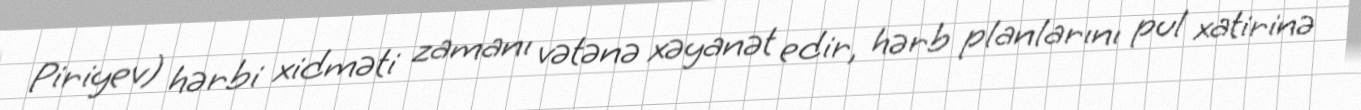
Piriyev) hərbi xidməti zamanı vətənə xəyanət edir, hərb planlarını pul xatirinə